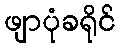
ဖျာပုံခရိုင်